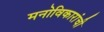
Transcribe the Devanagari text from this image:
मनोविकारांची